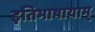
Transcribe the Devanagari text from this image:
इतिभाषायाम्‌